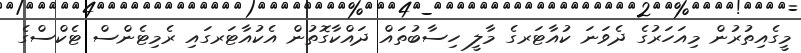
މީގެއިތުރުން މިއަހަރުގެ ދެވަނަ ކުއާޓަރގެ މާލީ ހިސާބުތައް ދައްކާގޮތުން އެކުއާޓަރގައި ރެމިޓެންސް ޓެކްސްގެ